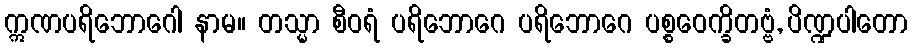
ဣဏပရိဘောဂေါ နာမ။ တသ္မာ စီဝရံ ပရိဘောဂေ ပရိဘောဂေ ပစ္စဝေက္ခိတဗ္ဗံ, ပိဏ္ဍပါတော